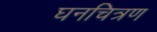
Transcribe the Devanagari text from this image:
घनचित्रण